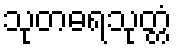
သုတဓရသုတ္တံ